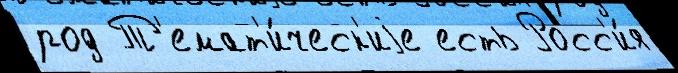
род Т'емат'и́ческ'иjе есть Росс'и́я